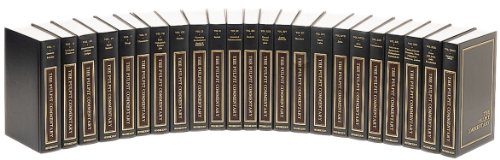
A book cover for The Pulpit Commentary (23 Volume Set); Christian Books & Bibles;